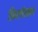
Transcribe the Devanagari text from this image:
फ़िलॉसफ़र